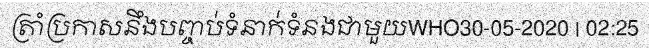
ត្រាំប្រកាសនឹងបញ្ចប់ទំនាក់ទំនងជាមួយWHO30-05-2020 | 02:25